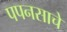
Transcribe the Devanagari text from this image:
पपनसाचे